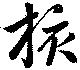
核